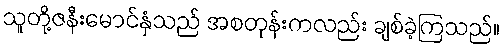
သူတို့ဇနီးမောင်နှံသည် အစတုန်းကလည်း ချစ်ခဲ့ကြသည်။